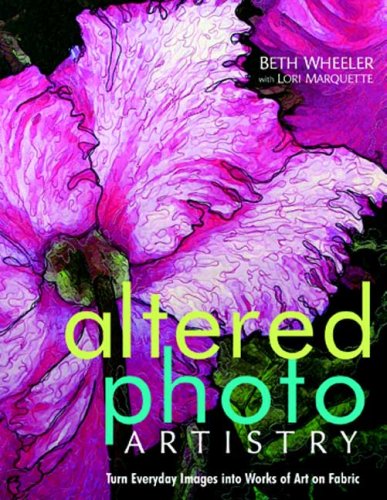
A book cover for Altered Photo Artistry. Turn Everyday Images into Works of Art on Fabric - Print on Demand Edition; Beth Wheeler; Crafts, Hobbies & Home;